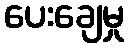
ပေးချေမှု